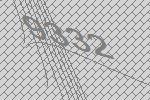
9332